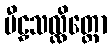
မီဠှသလ္လိတ္တော